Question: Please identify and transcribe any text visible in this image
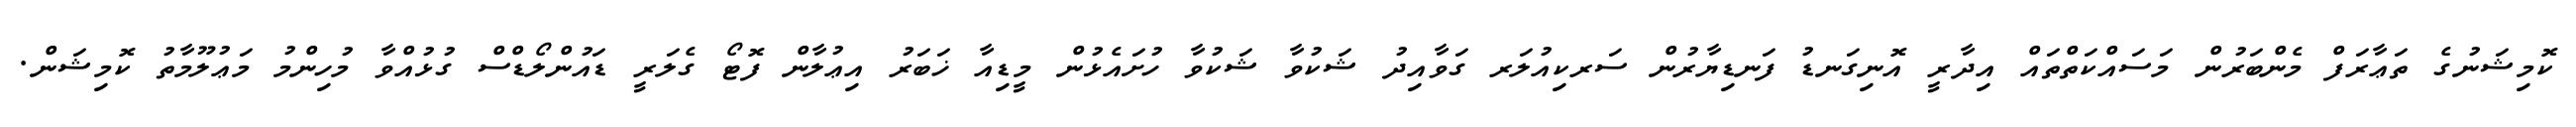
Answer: ކޮމިޝަނުގެ ތަޢާރަފް މެންބަރުން މަސައްކަތްތައް އިދާރީ އޮނިގަނޑު ފަނޑިޔާރުން ސަރކިއުލަރ ގަވާއިދު ޝަކުވާ ޝަކުވާ ހުށައެޅުން މީޑިއާ ޚަބަރު އިޢުލާން ފޮޓޯ ގެލަރީ ޑައުންލޯޑްސް ގުޅުއްވާ މުހިންމު މަޢުލޫމާތު ކޮމިޝަން.